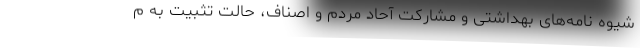
شیوه نامه‌های بهداشتی و مشارکت آحاد مردم و اصناف، حالت تثبیت به م